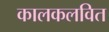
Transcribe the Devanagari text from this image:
कालकलवित